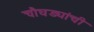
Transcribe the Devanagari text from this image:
चौघड्यांची